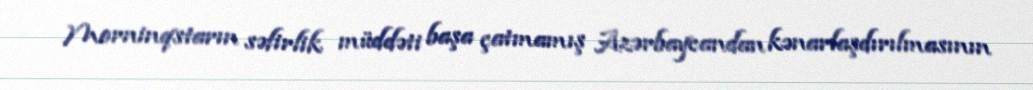
Morninqstarın səfirlik müddəti başa çatmamış Azərbaycandan kənarlaşdırılmasının